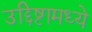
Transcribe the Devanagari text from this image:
उद्दिष्टामध्ये